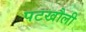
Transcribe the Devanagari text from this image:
पटखौली